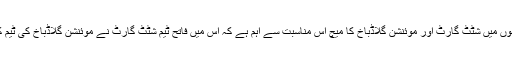
ہفتہ کے روز کھیلے جانے والے پانچ میچوں میں شٹٹ گارٹ اور موئنشن گلاڈباخ کا میچ اس مناسبت سے اہم ہے کہ اس میں فاتح ٹیم شٹٹ گارٹ نے موئنشن گلاڈباخ کی ٹیم کو آدھے درجن سے زائد گولوں سے ہرایا۔